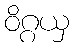
ဝိဂ္ဂယှ